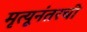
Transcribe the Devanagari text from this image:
मृत्यूनंतरची